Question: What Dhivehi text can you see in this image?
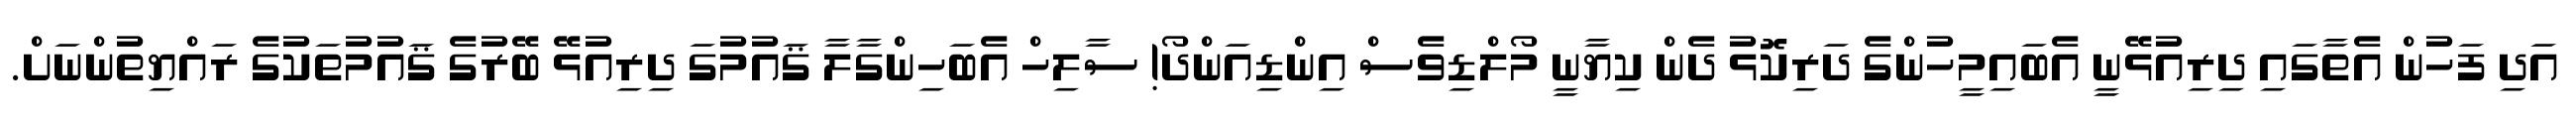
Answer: އަދި ފަހުން އެތާގައި ދިރިއުޅޭނީ އެބައިމީހުންގެ ދަރިކޮޅު ދެން ކިޔާނީ މޯލްޑިވެސް އިންޑިއަންދޯ! ސާލިހް އެބަހިންގާލާ ޤައުމުގަ ދިރިއުޅޭ ބޭރުގެ ޤައުމުތަކުގެ ރައްޔިތުންނަށް.